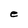
Character: e